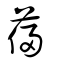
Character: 葠